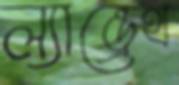
ল্যান্ড্রেথ